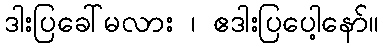
ဒါးပြခေါ်မလား ၊ ဧဒါးပြပေါ့နော်။